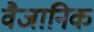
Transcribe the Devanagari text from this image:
वैजानिक